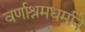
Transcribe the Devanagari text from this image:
वर्णाश्रमधर्माने